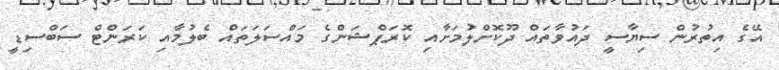
އޭގެ އިތުރުން ސިޔާސީ ދައުވާތައް ދޫކޮށްލުމަށާއި ކޮރަޕްޝަންގެ މައްސަލަތައް ބެލުމާއި ކަރަންޓް ސަބްސިޑީ